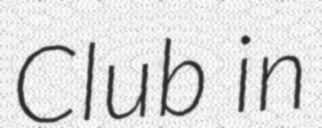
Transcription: Club in